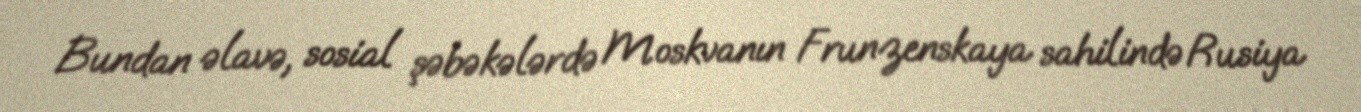
Bundan əlavə, sosial şəbəkələrdə Moskvanın Frunzenskaya sahilində Rusiya